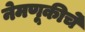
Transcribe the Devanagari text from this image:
नेमणूकीचे